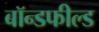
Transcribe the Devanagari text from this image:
बॉन्डफील्ड